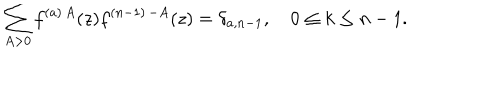
LaTeX: \sum _ { A > 0 } f ^ { ( a ) \, A } ( z ) f ^ { ( n - 1 ) \, - A } ( z ) = \delta _ { a , n - 1 } , \quad 0 \leq k \leq n - 1 .